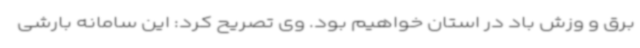
برق و وزش باد در استان خواهیم بود. وی تصریح کرد: این سامانه بارشی